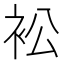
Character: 衳